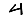
Digit: 4